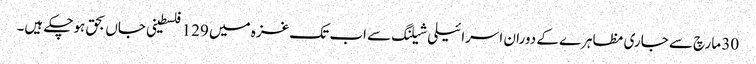
30 مارچ سے جاری مظاہرے کے دوران اسرائیلی شیلنگ سے اب تک غزہ میں 129 فلسطینی جاں بحق ہوچکے ہیں۔